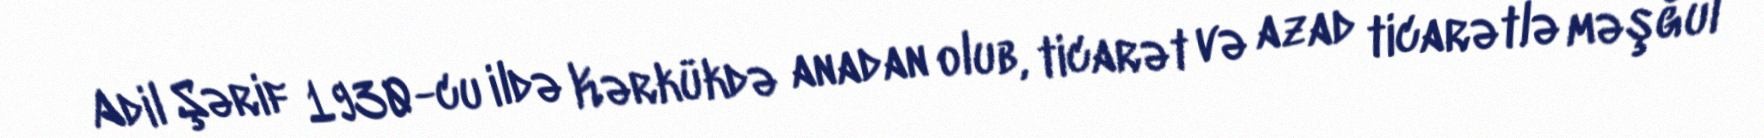
Adil Şərif 1930-cu ildə Kərkükdə anadan olub, ticarət və azad ticarətlə məşğul